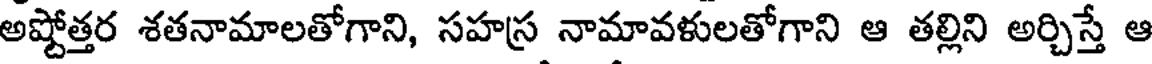
అష్టోత్తర శతనామాలతోగాని, సహస్ర నామావళులతోగాని ఆ తల్లిని అర్చిస్తే ఆ